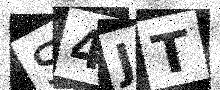
Text: S4JT